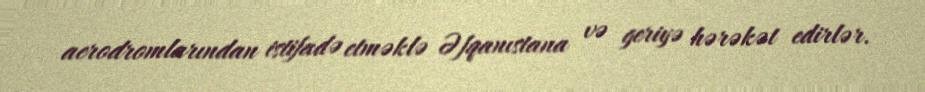
aerodromlarından istifadə etməklə Əfqanıstana və geriyə hərəkət edirlər.